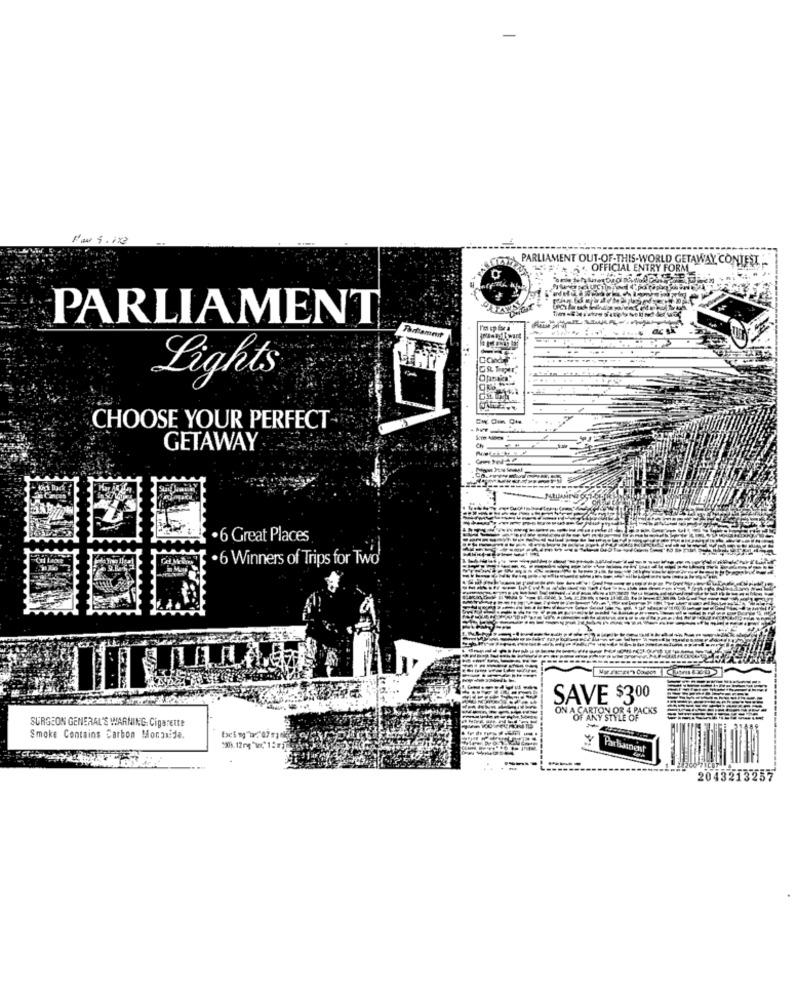
PARLIAMENT OUT-OF-THIS-WORLD GETAWAY CONTEST
OFFICIAL ENTRY FORM
PARLIAMENT
Cond
Lights
CHOOSE YOUR PERFECT
GETAWAY
.6 Great Places
.6 Winners of Trips for Two'
SAVE $300
ON A CARTON OR 4 PACKS
SURGEON GENERAL'S WARNING. Cigarette
OF ANY STYLE OF
Smoke Contains Carbon Monmide.
---
-----
2043213257